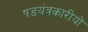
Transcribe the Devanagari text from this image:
षडयंत्रकारीयों